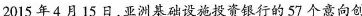
2015年4月15日，亚洲基础设施投资银行的57个意向创